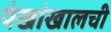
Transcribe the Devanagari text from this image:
पंखांखालची